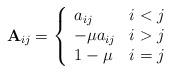
LaTeX: \begin{align*} {\bf A}_{ij} = \left\{ \begin{array}{lr} a_{ij} & i<j\\ -\mu a_{ij} & i>j\\ 1-\mu & i = j\\ \end{array} \right. \end{align*}